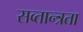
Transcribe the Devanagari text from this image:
सव्तान्त्रता